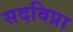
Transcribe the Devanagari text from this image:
सदविप्रा